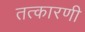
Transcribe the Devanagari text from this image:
तत्कारणी